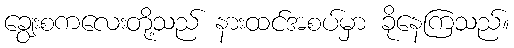
ချွေးစကလေးတို့သည် နားထင်အစပ်မှာ ခိုနေကြသည်။